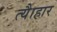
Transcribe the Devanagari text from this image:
त्यैाहार